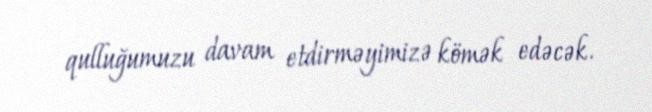
qulluğumuzu davam etdirməyimizə kömək edəcək.